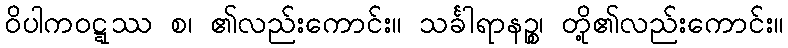
ဝိပါကဝဋ္ဋဿ စ၊ ၏လည်းကောင်း။ သင်္ခါရာနဉ္စ၊ တို့၏လည်းကောင်း။